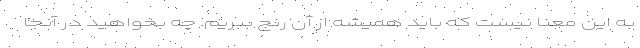
به این معنا نیست که باید همیشه از آن رنج ببریم. چه بخواهید در آنجا